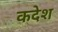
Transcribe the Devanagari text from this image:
कदेश